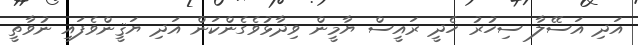
އަދި އަސޭލާ ސިހުރު ހެދީ ރައީސް ޔާމީން ވިދާޅުވެގެންކަން އަދި ޔަޤީންވެފައި ނުވާތީ